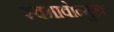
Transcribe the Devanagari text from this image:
स्वभावोन्मुख